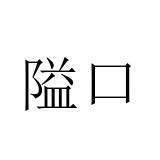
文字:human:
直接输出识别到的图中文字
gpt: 隘口